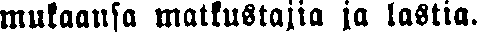
mukaansa matkustajia ja lastia.